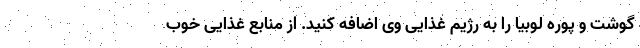
گوشت و پوره لوبیا را به رژیم غذایی وی اضافه کنید. از منابع غذایی خوب